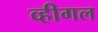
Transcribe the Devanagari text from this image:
व्हीगल